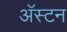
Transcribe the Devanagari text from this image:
अॅस्टन